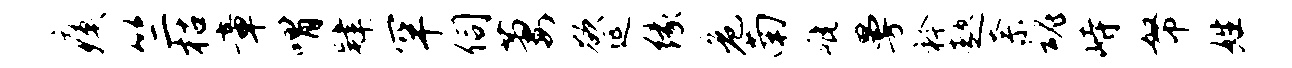
瘼竺枯章喟肄罕伺萋欲延缘危南疵曼衿趑奈魂峙帑姓